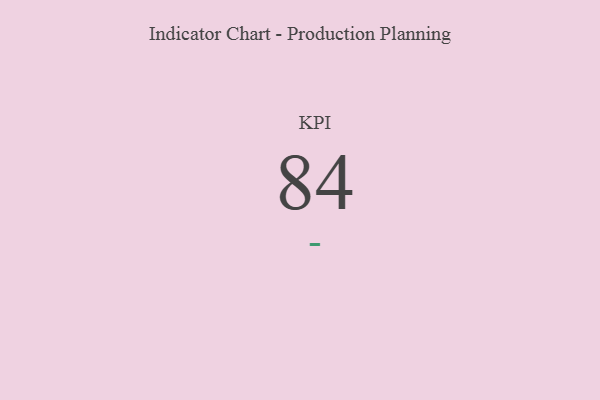
{"axis": {"x": "KPI", "y": "Value"}, "legend": [""], "data": [{"x": "KPI", "y": 84, "type": ""}]}